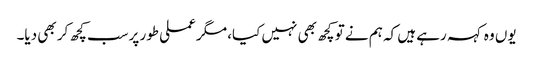
یوں وہ کہہ رہے ہیں کہ ہم نے تو کچھ بھی نہیں کیا، مگر عملی طور پرسب کچھ کر بھی دیا۔